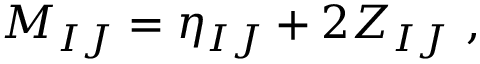
M _ { I J } = \eta _ { I J } + 2 Z _ { I J } \ ,